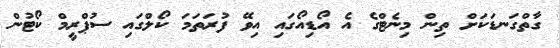
ގާތްގަނޑަކަށް ތިން މިނެޓްގެ އެ އޯޑިއޯގައި އިވޭ ފުރަތަމަ ކޯލްގައި ސުޕްރީމް ކޯޓުން